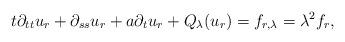
LaTeX: \begin{align*}t\partial_{tt}u_r+\partial_{ss}u_r+a\partial_tu_r+Q_\lambda(u_r)=f_{r,\lambda}=\lambda^2f_r,\end{align*}